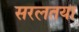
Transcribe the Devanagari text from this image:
सरलतया